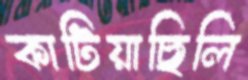
কাটিয়াছিলি